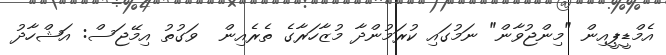
އެމްޑީޕީއިން "މިންޖުވާން" ނަމުގައި ކުރަމުންދާ މުޒާހަރާގެ ތެރެއިން  ވަގުތު އިމޭޖަސް: އަޝްހާދު